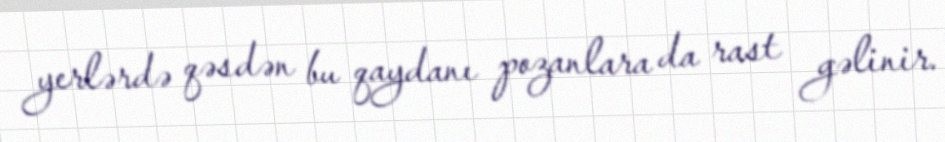
yerlərdə qəsdən bu qaydanı pozanlara da rast gəlinir.